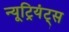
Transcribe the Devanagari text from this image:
न्यूट्रियंट्स